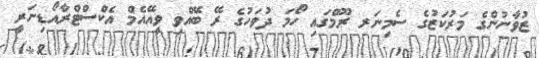
ޒުވާނުންގެ މަރުކަޒުގެ ސެމިނަރ ރޫމްގައި ހޯމަ ދުވަހުގެ ރޭ ބޭއްވި ވީއޭއެމް އެކްސްޓްރާއޯޑިނަރީ